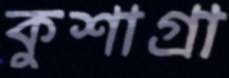
কুশাগ্রা